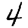
Digit: 4